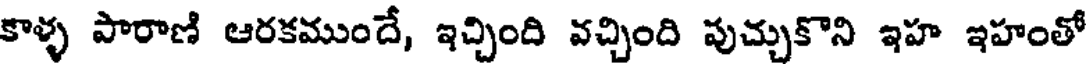
కాళ్ళ పారాణి ఆరకముందే, ఇచ్చింది వచ్చింది పుచ్చుకొని ఇహ ఇహంతో